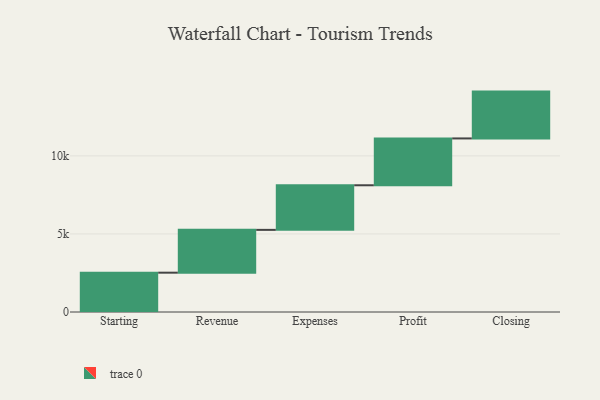
{"axis": {"x": "Step", "y": "Value"}, "legend": [""], "data": [{"x": "Starting", "y": 2519.0, "type": ""}, {"x": "Revenue", "y": 2742.0, "type": ""}, {"x": "Expenses", "y": 2857.0, "type": ""}, {"x": "Profit", "y": 3000, "type": ""}, {"x": "Closing", "y": 3000, "type": ""}]}